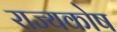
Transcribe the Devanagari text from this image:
राज्‍यकोष